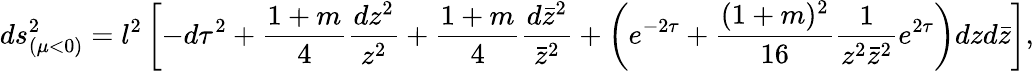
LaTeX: ds_{(\mu<0)}^{2}=l^{2}\left[-d\tau^{2}+\frac{1+m}{4}\frac{dz^{2}}{z^{2}}+\frac{1+m}{4}\frac{d\bar{z}^{2}}{\bar{z}^{2}}+\left(e^{-2\tau}+\frac{(1+m)^{2}}{16}\frac{1}{z^{2}\bar{z}^{2}}e^{2\tau}\right)dzd\bar{z}\right],